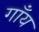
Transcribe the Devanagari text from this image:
गाँय